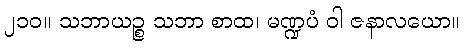
၂၁၀။ သဘာယဉ္စ သဘာ စာထ၊ မဏ္ဍပံ ဝါ ဇနာလယော။